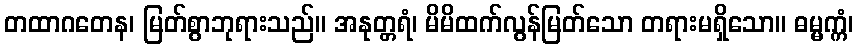
တထာဂတေန၊ မြတ်စွာဘုရားသည်။ အနုတ္တရံ၊ မိမိထက်လွန်မြတ်သော တရားမရှိသော။ ဓမ္မက္ကံ၊